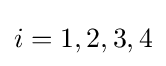
i=1,2,3,4